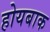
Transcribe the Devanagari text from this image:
होयबाक